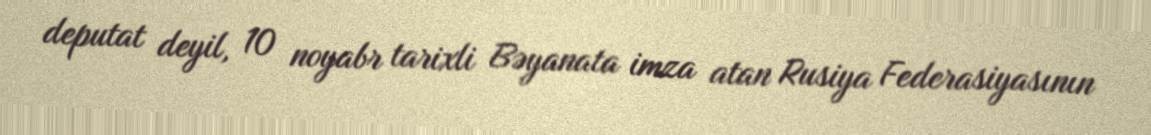
deputat deyil, 10 noyabr tarixli Bəyanata imza atan Rusiya Federasiyasının